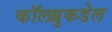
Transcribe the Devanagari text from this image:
कॉलब्रुकडेल